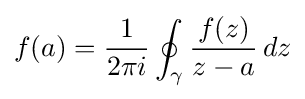
f(a)={\frac {1}{2\pi i}}\oint _{\gamma }{\frac {f(z)}{z-a}}\,dz